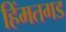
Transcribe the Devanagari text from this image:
हिंमतगड